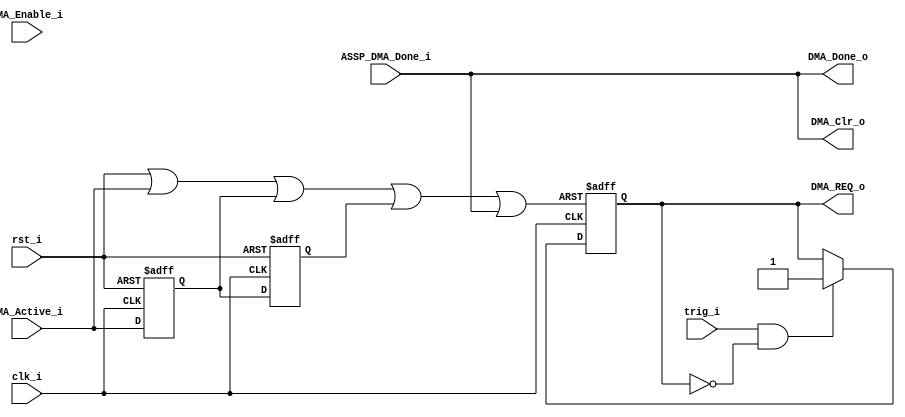
`timescale 1ns / 10ps
module Dma_Ctrl ( 
            input  			clk_i	,
            input  			rst_i	,
			
			input           trig_i,
			
            input  			DMA_Active_i	,
			input           ASSP_DMA_Done_i,
            output 			DMA_Done_o	,
			output          DMA_Clr_o,
            input  			DMA_Enable_i	,
			output 			DMA_REQ_o  	 				
	

			);

reg     dma_req;  
reg     dma_active_i_1ff;
reg     dma_active_i_2ff;

wire    dreq_reset;
assign  dreq_reset = rst_i | DMA_Active_i | dma_active_i_1ff | dma_active_i_2ff | ASSP_DMA_Done_i;

assign  DMA_REQ_o = dma_req ;

always @(posedge clk_i or posedge dreq_reset) 
begin
    if (dreq_reset)
    begin
        dma_req           <=  1'b0 ;
    end
    else 
    begin 
		if (trig_i && ~dma_req)
			dma_req           <=  1'b1;
		else 
			dma_req           <=  dma_req;
 	end	
end	

always @(posedge clk_i or posedge rst_i) 
begin
    if (rst_i)
    begin
		dma_active_i_1ff	<=  1'b0;
		dma_active_i_2ff	<=  1'b0;
    end
    else 
    begin  
		dma_active_i_1ff	<= DMA_Active_i;
		dma_active_i_2ff	<= dma_active_i_1ff;
 	end
end  

assign DMA_Clr_o   = ASSP_DMA_Done_i;
assign DMA_Done_o  = ASSP_DMA_Done_i;

endmodule